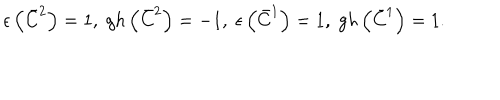
\epsilon \left( \bar { C } ^ { 2 } \right) = 1 , \; g h \left( \bar { C } ^ { 2 } \right) = - 1 , \; \epsilon \left( \bar { C } ^ { 1 } \right) = 1 , \; g h \left( \bar { C } ^ { 1 } \right) = 1 .